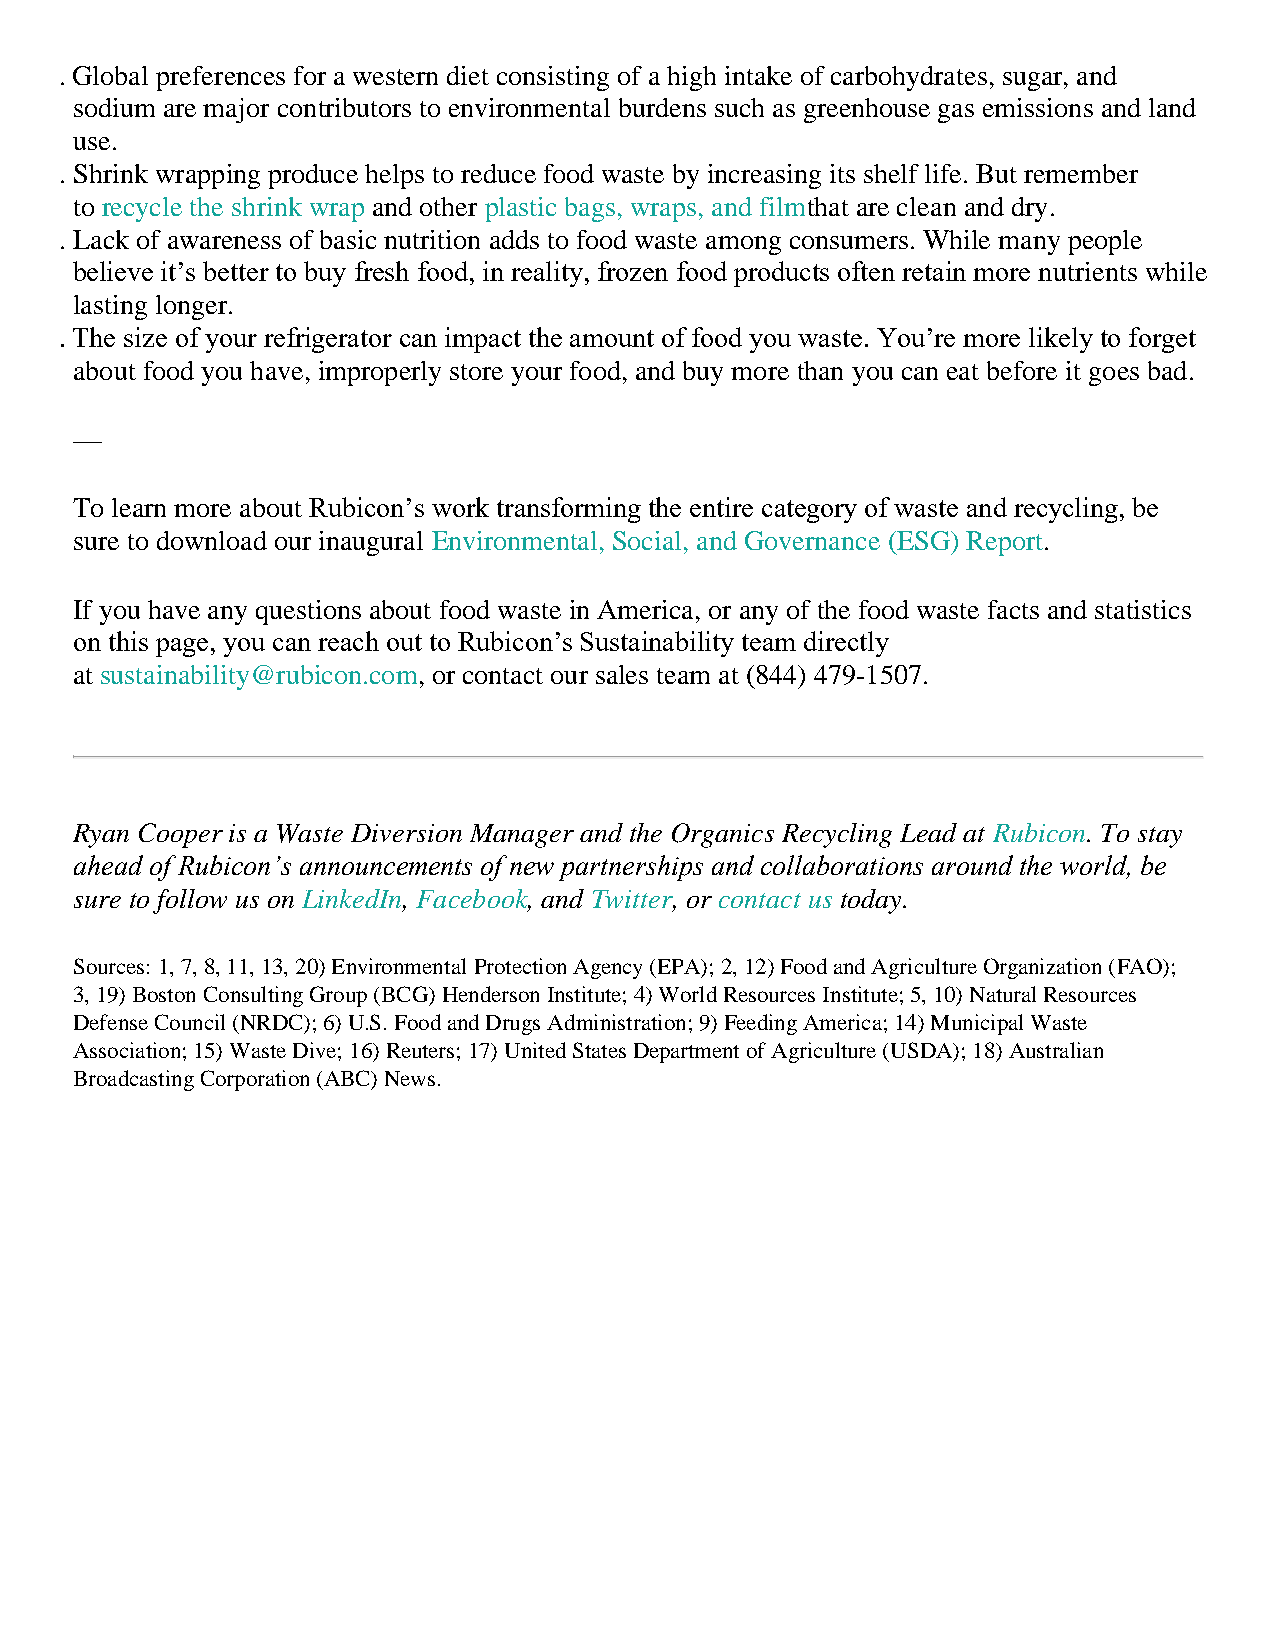
. Global preferences for a western diet consisting of a high intake of carbohydrates, sugar, and
 sodium are major contributors to environmental burdens such as greenhouse gas emissions and land
 use.
 . Shrink wrapping produce helps to reduce food waste by increasing its shelf life. But remember
 to recycle the shrink wrap and other plastic bags, wraps, and filmthat are clean and dry.
 . Lack of awareness of basic nutrition adds to food waste among consumers. While many people
 believe it’s better to buy fresh food, in reality, frozen food products often retain more nutrients while
 lasting longer.
 . The size of your refrigerator can impact the amount of food you waste. You’re more likely to forget
 about food you have, improperly store your food, and buy more than you can eat before it goes bad.
 —
 To learn more about Rubicon’s work transforming the entire category of waste and recycling, be
 sure to download our inaugural Environmental, Social, and Governance (ESG) Report.
 If you have any questions about food waste in America, or any of the food waste facts and statistics
 on this page, you can reach out to Rubicon’s Sustainability team directly
 at sustainability@rubicon.com, or contact our sales team at (844) 479-1507.
 Ryan Cooper is a Waste Diversion Manager and the Organics Recycling Lead at Rubicon. To stay
 ahead of Rubicon’s announcements of new partnerships and collaborations around the world, be
 sure to follow us on LinkedIn, Facebook, and Twitter, or contact us today.
 Sources: 1, 7, 8, 11, 13, 20) Environmental Protection Agency (EPA); 2, 12) Food and Agriculture Organization (FAO);
 3, 19) Boston Consulting Group (BCG) Henderson Institute; 4) World Resources Institute; 5, 10) Natural Resources
 Defense Council (NRDC); 6) U.S. Food and Drugs Administration; 9) Feeding America; 14) Municipal Waste
 Association; 15) Waste Dive; 16) Reuters; 17) United States Department of Agriculture (USDA); 18) Australian
 Broadcasting Corporation (ABC) News.